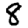
Digit: 8